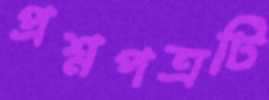
প্রশ্নপত্রটি